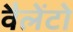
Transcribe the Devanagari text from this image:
वैलेंटो